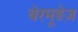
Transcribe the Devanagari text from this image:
बेरमूडेज़